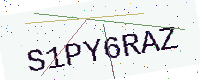
Text: S1PY6RAZ